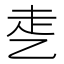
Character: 𰁁